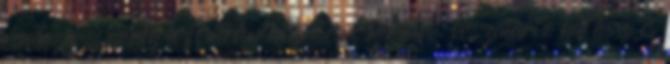
rendszer, amely a főutcán kiépítésre került, visszatartó hatású és